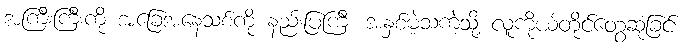
အကြီးကြီးကို အခြေအနေသစ်ကို နည်းပြကြီး အနှစ်မဲ့သကဲ့သို့ လူကိုယ်တိုင်တွေ့ဆုံခြင်း